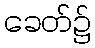
ခေတ်၌